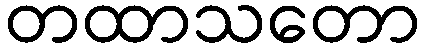
တထာသတော